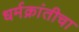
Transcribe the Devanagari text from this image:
धर्मक्रांतीचा